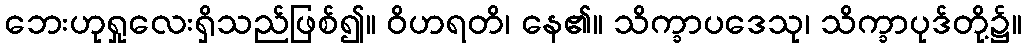
ဘေးဟုရှုလေးရှိသည်ဖြစ်၍။ ဝိဟရတိ၊ နေ၏။ သိက္ခာပဒေသု၊ သိက္ခာပုဒ်တို့၌။